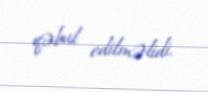
qəbul edilməlidi.